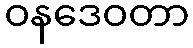
ဝနဒေဝတာ